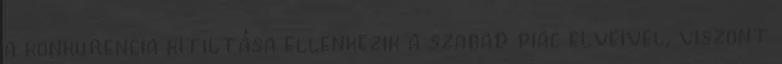
a konkurencia kitiltása ellenkezik a szabad piac elveivel, viszont